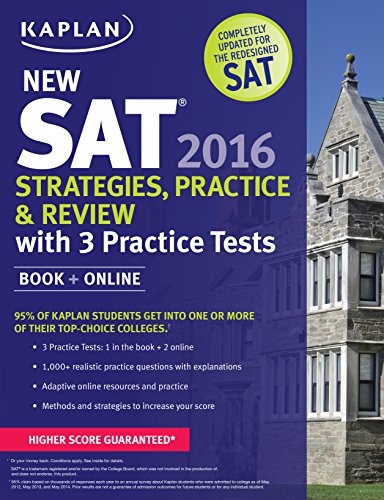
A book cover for Kaplan New SAT 2016 Strategies, Practice and Review with 3 Practice Tests: Book + Online (Kaplan Test Prep); Kaplan; Test Preparation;